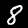
Digit: 8